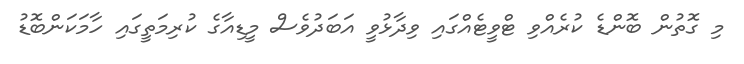
މި ގޮތުން ބޮންޑެ ކުރެއްވި ޓްވީޓެއްގައި ވިދާޅުވީ އަބަދުވެސް މީޑިއާގެ ކުރިމަތީގައި ހާމަކަންބޮޑު